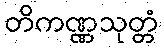
တိကဏ္ဏသုတ္တံ